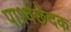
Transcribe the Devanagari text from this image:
पार्श्वछेदक